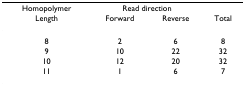
| Homopolymer | <COLSPAN=2> Read direction |  |
 | Length | Forward | Reverse | Total |
 | --- | --- | --- | --- |
 | 8 | 2 | 6 | 8 |
 | 9 | 10 | 22 | 32 |
 | 10 | 12 | 20 | 32 |
 | 11 | 1 | 6 | 7 |